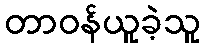
တာဝန်ယူခဲ့သူ